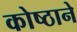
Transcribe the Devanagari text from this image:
कोष्ठाने